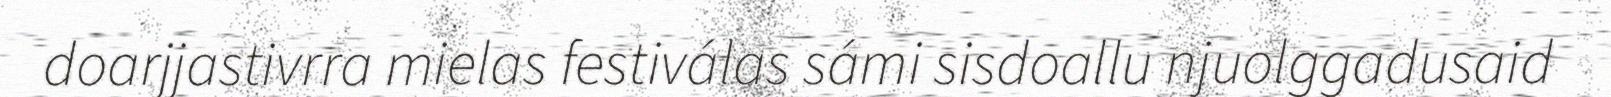
doarjjastivrra mielas festiválas sámi sisdoallu njuolggadusaid